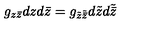
g _ { z \bar { z } } d z d \bar { z } = g _ { \tilde { z } \tilde { \bar { z } } } d { \tilde { z } } d \tilde { \bar { z } }